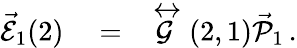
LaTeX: \begin{array}{rlr}{\vec{\mathcal{E}}_{1}(2)}&{{}=}&{\stackrel{\leftrightarrow}{\mathcal{G}}\left(2,1\right)\vec{\mathcal{P}}_{1}\, .}\end{array}